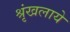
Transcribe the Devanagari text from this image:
श्रृंखलाये